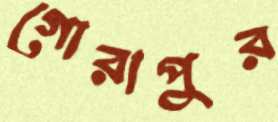
গোরাপুর